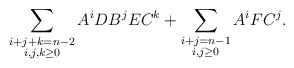
LaTeX: \begin{align*}\sum_{\substack{i+j+k=n-2\\ i,j,k\ge 0}} A^iD B^j E C^k+\sum_{\substack{i+j=n-1\\i,j\ge 0}} A^iFC^j.\end{align*}